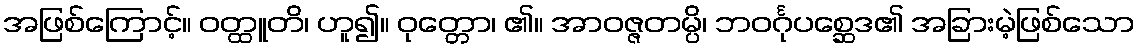
အဖြစ်ကြောင့်။ ဝတ္ထူတိ၊ ဟူ၍။ ဝုတ္တော၊ ၏။ အာဝဇ္ဇတမ္ပိ၊ ဘဝင်္ဂုပစ္ဆေဒ၏ အခြားမဲ့ဖြစ်သော